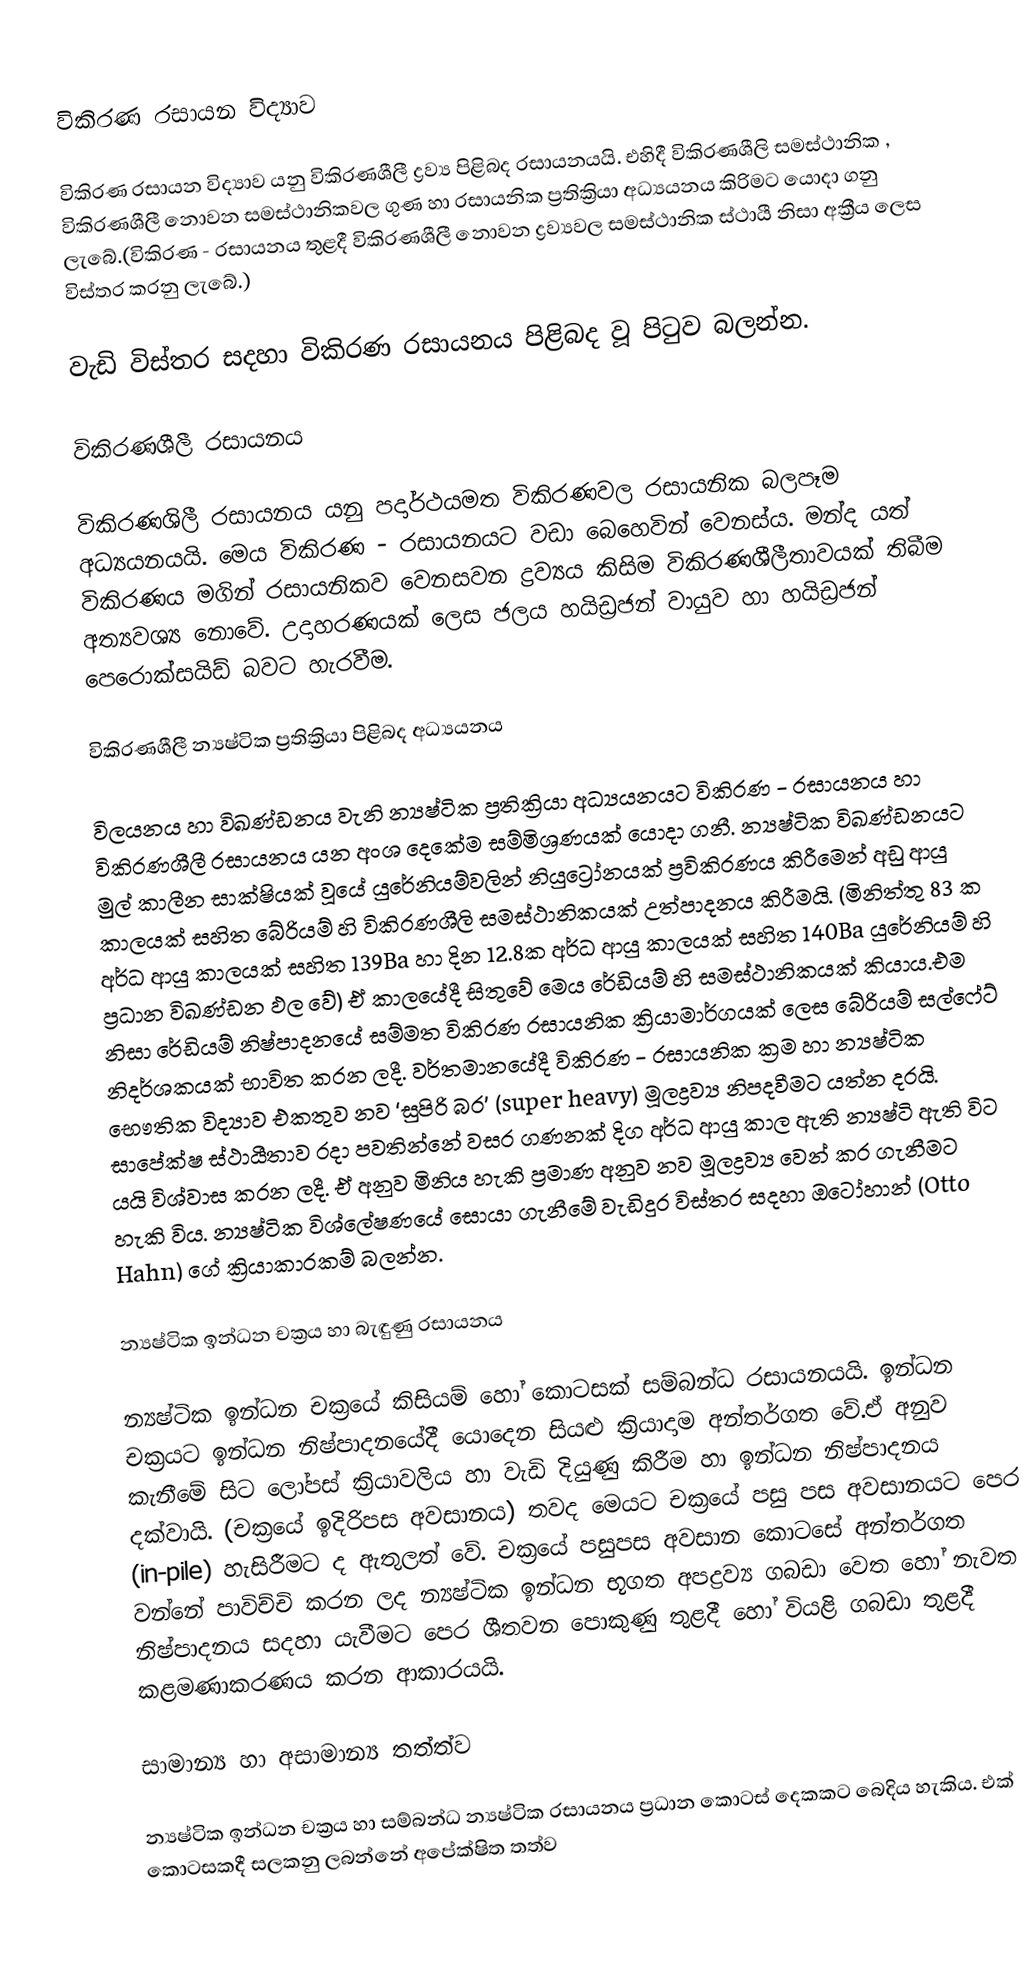

විකිරණ රසායන  විද්‍යාව

විකිරණ රසායන  විද්‍යාව යනු විකිරණශීලී ද්‍රව්‍ය පිළිබද රසායනයයි. එහිදී විකිරණශීලි සමස්ථානික , විකිරණශීලී නොවන සමස්ථානිකවල ගුණ හා රසායනික ප්‍රතික්‍රියා අධ්‍යයනය කිරිමට යොදා ගනු ලැබේ.(විකිරණ - රසායනය තුළදී විකිරණශීලී නොවන ද්‍රව්‍යවල සමස්ථානික ස්ථායී නිසා අක්‍රීය ලෙස විස්තර කරනු ලැබේ.)

වැඩි විස්තර සදහා විකිරණ රසායනය පිළිබද වූ පිටුව බලන්න.

විකිරණශීලී රසායනය

විකිරණශිලී රසායනය යනු පදාර්ථයමත විකිරණවල රසායනික බලපෑම අධ්‍යයනයයි. මෙය විකිරණ - රසායනයට වඩා බෙහෙවින් වෙනස්ය. මන්ද යත් විකිරණය මගින් රසායනිකව වෙනසවන ද්‍රව්‍යය කිසිම විකිරණශීලීතාවයක් තිබීම අත්‍යවශ්‍ය නොවේ. උදාහරණයක් ලෙස ජලය හයිඩ්‍රජන් වායුව හා හයිඩ්‍රජන් පෙරොක්සයිඩ් බවට හැරවීම.

විකිරණශීලී න්‍යෂ්ටික ප්‍රතික්‍රියා පිළිබද අධ්‍යයනය

විලයනය හා විඛණ්ඩනය වැනි න්‍යෂ්ටික ප්‍රතික්‍රියා අධ්‍යයනයට විකිරණ - රසායනය හා විකිරණශීලී රසායනය යන අංශ දෙකේම සම්මිශ්‍රණයක් යොදා ගනී. න්‍යෂ්ටික විඛණ්ඩනයට මුල් කාලීන සාක්ෂියක් වූයේ යුරේනියම්වලින් නියුට්‍රෝනයක් ප්‍රවිකිරණය කිරීමෙන් අඩු ආයු කාලයක් සහිත බේරියම් හි විකිරණශීලි සමස්ථානිකයක් උත්පාදනය කිරීමයි. (මිනිත්තු 83 ක අර්ධ ආයු කාලයක් සහිත 139Ba  හා දින 12.8ක අර්ධ ආයු කාලයක් සහිත 140Ba  යුරේනියම් හි ප්‍රධාන විඛණ්ඩන ඵල වේ) ඒ කාලයේදී සිතුවේ මෙය රේඩියම් හි සමස්ථානිකයක් කියාය.‍එම නිසා රේඩියම් නිෂ්පාදනයේ සම්මත විකිරණ රසායනික ක්‍රියාමාර්ගයක් ලෙස බේරියම් සල්ෆේට් නිදර්ශකයක් භාවිත කරන ලදී. වර්තමානයේදී විකිරණ - රසායනික ක්‍රම හා න්‍යෂ්ටික භෞතික විද්‍යාව එකතුව නව ‘සුපිරි බර’ (super heavy)  මූලද්‍රව්‍ය නිපදවීමට  යත්න දරයි. සාපේක්ෂ ස්ථායීතාව රදා පවතින්නේ වසර ගණනක් දිග අර්ධ ආයු කාල ඇති න්‍යෂ්ටි ඇති විට යයි විශ්වාස කරන ලදී. ඒ අනුව මිනිය හැකි ප්‍රමාණ අනුව නව මූලද්‍රව්‍ය වෙන් කර ගැනීමට හැකි විය. න්‍යෂ්ටික විශ්ලේෂණයේ සොයා ගැනීමේ වැඩිදුර විස්තර සදහා ඔටෝහාන් (Otto Hahn)  ගේ ක්‍රියාකාරකම් බලන්න.

න්‍යෂ්ටික ඉන්ධන චක්‍රය හා බැඳුණු රසායනය

න්‍යෂ්ටික ඉන්ධන චක්‍රයේ කිසියම් හෝ කොටසක් සම්බන්ධ රසායනයයි. ඉන්ධන චක්‍රයට ඉන්ධන නිෂ්පාදනයේදී යොදෙන සියළු ක්‍රියාදාම අන්තර්ගත වේ.ඒ අනුව කැනීමේ සිට ලෝපස් ක්‍රියාවලිය හා වැඩි දියුණු කිරීම හා ඉන්ධන නිෂ්පාදනය දක්වායි. (චක්‍රයේ ඉදිරිපස අවසානය) තවද මෙයට චක්‍රයේ පසු පස අවසානයට පෙර  (in-pile)  හැසිරීමට ද ඇතුලත් වේ. චක්‍රයේ පසුපස අවසාන කොටසේ අන්තර්ගත වන්නේ පාවිච්චි කරන ලද න්‍යෂ්ටික ඉන්ධන භූගත අපද්‍රව්‍ය ගබඩා වෙත හෝ නැවත නිෂ්පාදනය සදහා යැවීමට පෙර ශීතවන පොකුණු තුළදී හෝ වියළි ගබඩා තුළදී කළමණාකරණය කරන ආකාරයයි.

සාමාන්‍ය හා අසාමාන්‍ය තත්ත්ව

න්‍යෂ්ටික ඉන්ධන චක්‍රය හා සම්බන්ධ න්‍යෂ්ටික රසායනය ප්‍රධාන කොටස් දෙකකට බෙදිය හැකිය. එක් කොටසකදී සලකනු ලබන්නේ අපේක්ෂිත තත්ව